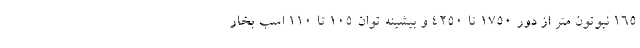
165 نیوتون متر از دور 1750 تا 4250 و بیشینه توان 105 تا 110 اسب بخار